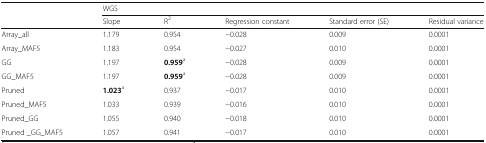
<table><thead><tr><td></td><td colspan="5"><b>WGS</b></td></tr><tr><td></td><td><b>Slope</b></td><td><b>R<sup>2</sup></b></td><td><b>Regression constant</b></td><td><b>Standard error (SE)</b></td><td><b>Residual variance</b></td></tr></thead><tbody><tr><td>Array_all</td><td>1.179</td><td>0.954</td><td>−0.028</td><td>0.009</td><td>0.0001</td></tr><tr><td>Array_MAF5</td><td>1.183</td><td>0.954</td><td>−0.027</td><td>0.010</td><td>0.0001</td></tr><tr><td>GG</td><td>1.197</td><td><b>0.959</b><sup>a</sup></td><td>−0.028</td><td>0.009</td><td>0.0001</td></tr><tr><td>GG_MAF5</td><td>1.197</td><td><b>0.959</b><sup>a</sup></td><td>−0.028</td><td>0.009</td><td>0.0001</td></tr><tr><td>Pruned</td><td><b>1.023</b><sup>a</sup></td><td>0.937</td><td>−0.017</td><td>0.010</td><td>0.0001</td></tr><tr><td>Pruned_MAF5</td><td>1.033</td><td>0.939</td><td>−0.016</td><td>0.010</td><td>0.0001</td></tr><tr><td>Pruned_GG</td><td>1.055</td><td>0.940</td><td>−0.018</td><td>0.010</td><td>0.0001</td></tr><tr><td>Pruned _GG_MAF5</td><td>1.057</td><td>0.941</td><td>−0.017</td><td>0.010</td><td>0.0001</td></tr></tbody></table>